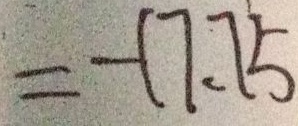
= - 1 7 . 7 5